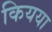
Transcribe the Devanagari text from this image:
कियया